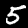
Digit: 5